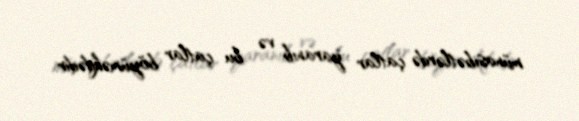
münasibətlərdə çatlar yaranıb və bu çatlar böyüməkdədir.